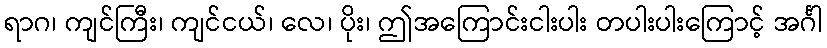
ရာဂ၊ ကျင်ကြီး၊ ကျင်ငယ်၊ လေ၊ ပိုး၊ ဤအကြောင်းငါးပါး တပါးပါးကြောင့် အင်္ဂါ